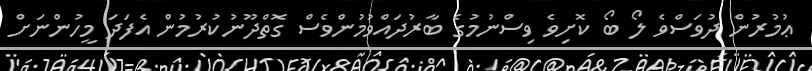
ޢުމުރުން ދުވަސްވެ ލޯ ބޯ ކޮށިވެ ވިސްނުމުގެ ބާރުދައްވުމުންވެސް ގޮތްދޫނުކުރުމުން އެފަދަ މީހުންނަށް